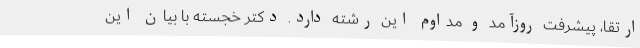
ارتقا، پیشرفت روزآمد و مداوم این رشته دارد. دکتر خجسته با بیان این